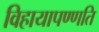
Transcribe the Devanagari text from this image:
विहायापण्णति